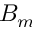
B _ { m }